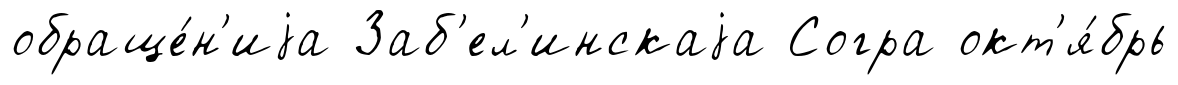
обраще́н'иjа Заб'ел'инскаjа Согра окт'я́брь